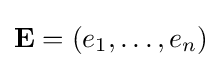
\mathbf {E} =(e_{1},\dots ,e_{n})